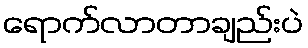
ရောက်လာတာချည်းပဲ